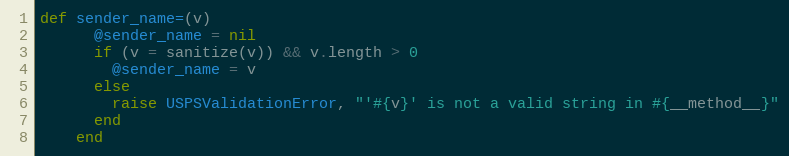
Language: Ruby
def sender_name=(v)
      @sender_name = nil
      if (v = sanitize(v)) && v.length > 0
        @sender_name = v
      else
        raise USPSValidationError, "'#{v}' is not a valid string in #{__method__}"
      end
    end